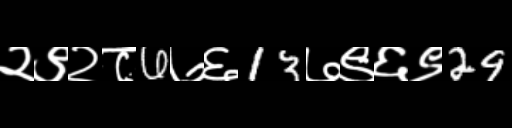
Text: २९२८6७६13७९६९29